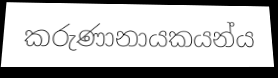
කරුණානායකයන්ය